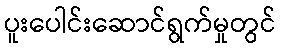
ပူးပေါင်းဆောင်ရွက်မှုတွင်